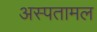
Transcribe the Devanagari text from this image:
अस्पतामल